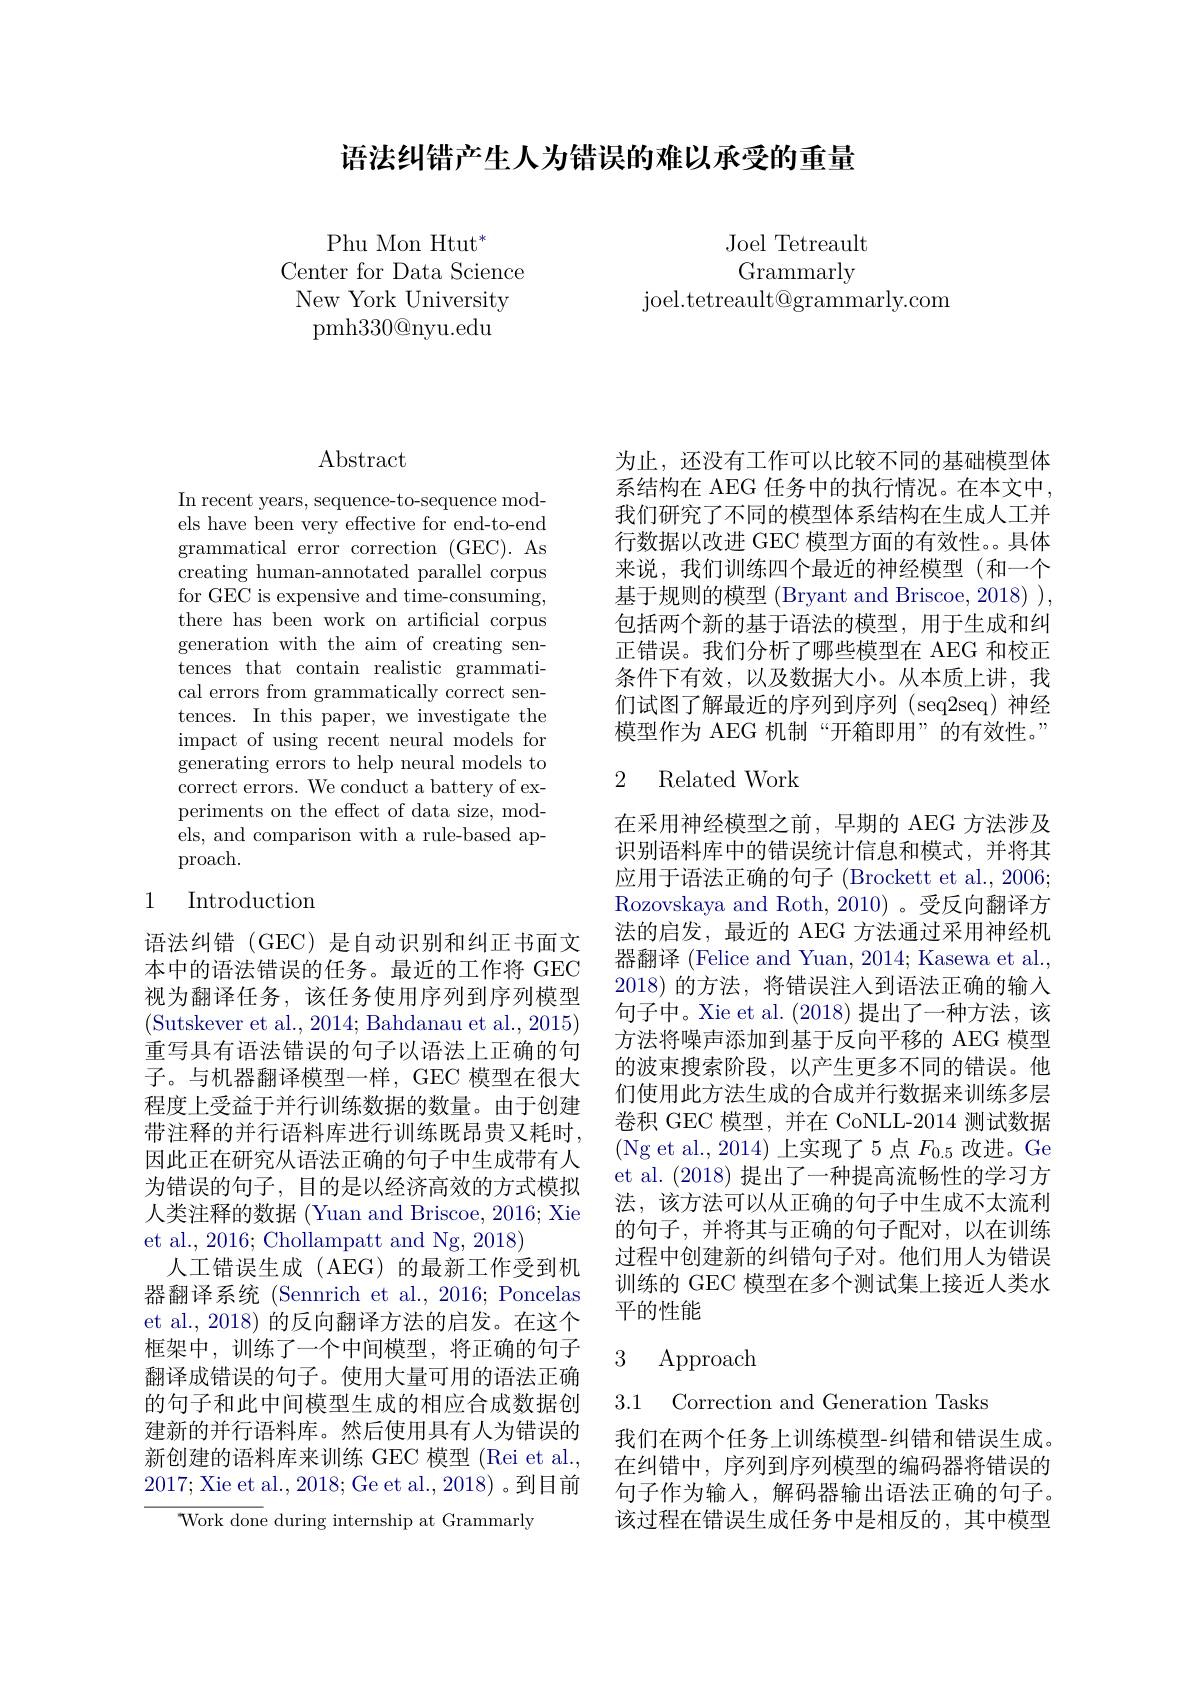
语法纠错产生人为错误的难以承受的重量

Joel Tetreault Grammarly
joel.tetreault@grammarly.com

Phu Mon Htut$^*$
Center for Data Science New York University pmh$330@$nyu.edu

## $\operatorname{Abstract}$

In recent years, sequence-to-sequence models have been very effective for end-to-end grammatical error correction (GEC). As creating human-annotated parallel corpus for GEC is expensive and time-consuming, there has been work on artificial corpus generation with the aim of creating sentences that contain realistic grammatical errors from grammatically correct sentences. In this paper, we investigate the impact of using recent neural models for generating errors to help neural models to correct errors. We conduct a battery of experiments on the effect of data size, models, and comparison with a rule-based approach.

## 1 Introduction

语法纠错(GEC)是自动识别和纠正书面文本中的语法错误的任务。最近的工作将 GEC 视为翻译任务，该任务使用序列到序列模型(Sutskever et al., 2014; Bahdanau et al., 2015) 重写具有语法错误的句子以语法上正确的句子。与机器翻译模型一样，GEC 模型在很大程度上受益于并行训练数据的数量。由于创建带注释的并行语料库进行训练既昂贵又耗时， 因此正在研究从语法正确的句子中生成带有人为错误的句子，目的是以经济高效的方式模拟人类注释的数据 (Yuan and Briscoe, 2016; Xie et al., 2016; Chollampatt and Ng, 2018)
人工错误生成(AEG)的最新工作受到机器翻译系统 (Sennrich et al., 2016; Poncelas et al., 2018) 的反向翻译方法的启发。在这个框架中，训练了一个中间模型，将正确的句子翻译成错误的句子。使用大量可用的语法正确的句子和此中间模型生成的相应合成数据创建新的并行语料库。然后使用具有人为错误的新创建的语料库来训练 GEC 模型 (Rei et al., 2017;Xie et al., 2018; Ge et al., 2018)。到目前
Work done during internship at Grammarly

为止，还没有工作可以比较不同的基础模型体系结构在 AEG 任务中的执行情况。在本文中， 我们研究了不同的模型体系结构在生成人工并行数据以改进 GEC 模型方面的有效性。。具体来说，我们训练四个最近的神经模型(和一个基于规则的模型 (Bryant and Briscoe, 2018) ), 包括两个新的基于语法的模型，用于生成和纠正错误。我们分析了哪些模型在 AEG 和校正条件下有效，以及数据大小。从本质上讲，我们试图了解最近的序列到序列 (seq2seq) 神经模型作为 AEG 机制“开箱即用”的有效性。”

## 2 Related Work

在采用神经模型之前，早期的 AEG 方法涉及识别语料库中的错误统计信息和模式，并将其应用于语法正确的句子 (Brockett et al., 2006; Rozovskaya and Roth, 2010) 。受反向翻译方法的启发，最近的 AEG 方法通过采用神经机器翻译 (Felice and Yuan, 2014; Kasewa et al., 2018)的方法，将错误注人到语法正确的输入句子中。Xie et al. (2018)提出了一种方法，该方法将噪声添加到基于反向平移的 AEG 模型的波束搜索阶段，以产生更多不同的错误。他们使用此方法生成的合成并行数据来训练多层卷积 GEC 模型，并在 CoNLL-2014 测试数据(Ng et al., 2014) 上实现了 5 点$F_0.5$改进。Ge et al. (2018)提出了一种提高流畅性的学习方法，该方法可以从正确的句子中生成不太流利的句子，并将其与正确的句子配对，以在训练过程中创建新的纠错句子对。他们用人为错误训练的 GEC 模型在多个测试集上接近人类水平的性能

## 3 Approach

3.1 Correction and Generation Tasks

我们在两个任务上训练模型-纠错和错误生成。在纠错中，序列到序列模型的编码器将错误的句子作为输入，解码器输出语法正确的句子。该过程在错误生成任务中是相反的，其中模型